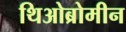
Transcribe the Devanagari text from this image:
थिओब्रोमीन